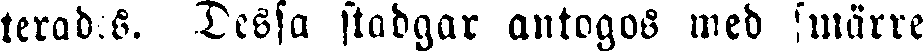
terades. Dessa stadgar antogos med smärre